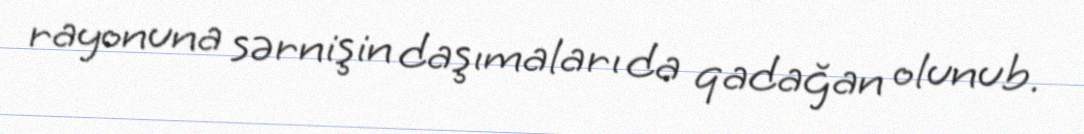
rayonuna sərnişin daşımaları da qadağan olunub.